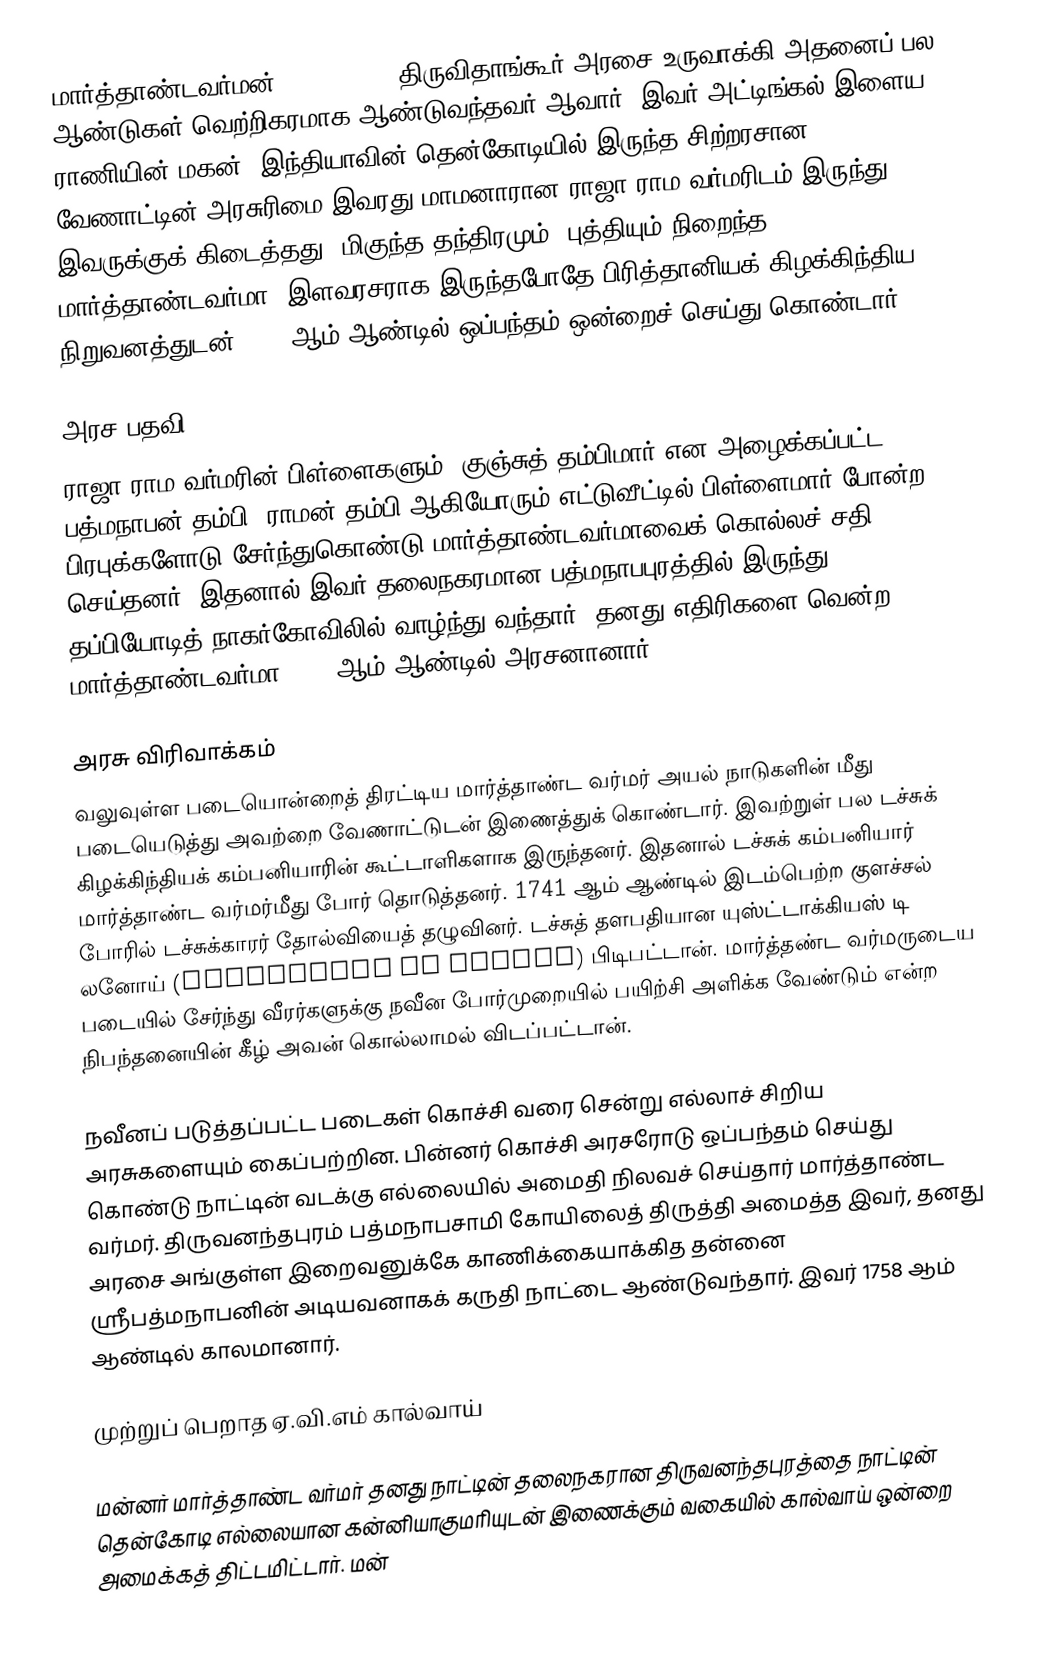
மார்த்தாண்டவர்மன் (1706–1758) திருவிதாங்கூர் அரசை உருவாக்கி அதனைப் பல ஆண்டுகள் வெற்றிகரமாக ஆண்டுவந்தவர் ஆவார். இவர் அட்டிங்கல் இளைய ராணியின் மகன். இந்தியாவின் தென்கோடியில் இருந்த  சிற்றரசான வேணாட்டின் அரசுரிமை இவரது மாமனாரான ராஜா ராம வர்மரிடம் இருந்து இவருக்குக் கிடைத்தது.  மிகுந்த தந்திரமும், புத்தியும் நிறைந்த மார்த்தாண்டவர்மா, இளவரசராக இருந்தபோதே பிரித்தானியக் கிழக்கிந்திய நிறுவனத்துடன் 1723 ஆம் ஆண்டில் ஒப்பந்தம் ஒன்றைச் செய்து கொண்டார்.

அரச பதவி
ராஜா ராம வர்மரின் பிள்ளைகளும், குஞ்சுத் தம்பிமார் என அழைக்கப்பட்ட, பத்மநாபன் தம்பி, ராமன் தம்பி ஆகியோரும் எட்டுவீட்டில் பிள்ளைமார் போன்ற பிரபுக்களோடு சேர்ந்துகொண்டு மார்த்தாண்டவர்மாவைக் கொல்லச் சதி செய்தனர். இதனால் இவர் தலைநகரமான பத்மநாபபுரத்தில் இருந்து தப்பியோடித் நாகர்கோவிலில் வாழ்ந்து வந்தார். தனது எதிரிகளை வென்ற மார்த்தாண்டவர்மா 1729 ஆம் ஆண்டில் அரசனானார்.

அரசு விரிவாக்கம்
வலுவுள்ள படையொன்றைத் திரட்டிய மார்த்தாண்ட வர்மர் அயல் நாடுகளின் மீது படையெடுத்து அவற்றை வேணாட்டுடன் இணைத்துக் கொண்டார். இவற்றுள் பல டச்சுக் கிழக்கிந்தியக் கம்பனியாரின் கூட்டாளிகளாக இருந்தனர். இதனால் டச்சுக் கம்பனியார் மார்த்தாண்ட வர்மர்மீது போர் தொடுத்தனர். 1741 ஆம் ஆண்டில் இடம்பெற்ற குளச்சல் போரில் டச்சுக்காரர் தோல்வியைத் தழுவினர். டச்சுத் தளபதியான யுஸ்ட்டாக்கியஸ் டி லனோய் (Eustachius De Lannoy) பிடிபட்டான். மார்த்தண்ட வர்மருடைய படையில் சேர்ந்து வீரர்களுக்கு நவீன போர்முறையில் பயிற்சி அளிக்க வேண்டும் என்ற நிபந்தனையின் கீழ் அவன் கொல்லாமல் விடப்பட்டான்.

நவீனப் படுத்தப்பட்ட படைகள் கொச்சி வரை சென்று எல்லாச் சிறிய அரசுகளையும் கைப்பற்றின. பின்னர் கொச்சி அரசரோடு ஒப்பந்தம் செய்து கொண்டு நாட்டின் வடக்கு எல்லையில் அமைதி நிலவச் செய்தார் மார்த்தாண்ட வர்மர். திருவனந்தபுரம் பத்மநாபசாமி கோயிலைத் திருத்தி அமைத்த இவர், தனது அரசை அங்குள்ள இறைவனுக்கே காணிக்கையாக்கித தன்னை ஸ்ரீபத்மநாபனின் அடியவனாகக் கருதி நாட்டை ஆண்டுவந்தார். இவர் 1758 ஆம் ஆண்டில் காலமானார்.

முற்றுப் பெறாத ஏ.வி.எம் கால்வாய்

மன்னர் மார்த்தாண்ட வர்மர் தனது நாட்டின் தலைநகரான திருவனந்தபுரத்தை நாட்டின் தென்கோடி எல்லையான கன்னியாகுமரியுடன் இணைக்கும் வகையில் கால்வாய் ஒன்றை அமைக்கத் திட்டமிட்டார். மன்